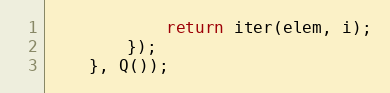
Language: JavaScript
            return iter(elem, i);
        });
    }, Q());